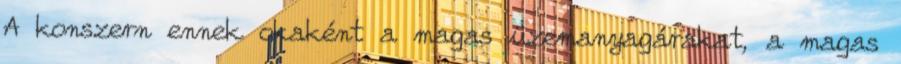
A konszern ennek okaként a magas üzemanyagárakat, a magas